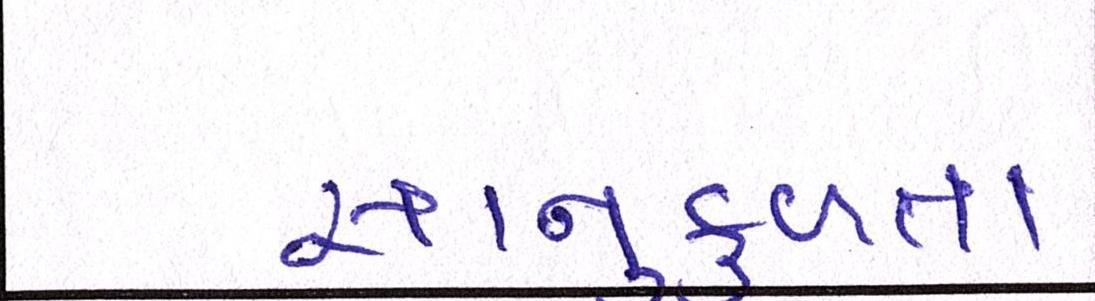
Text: સાનુકુળતા